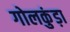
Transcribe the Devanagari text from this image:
गोलकुंड़ा